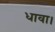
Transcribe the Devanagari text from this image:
धावा।